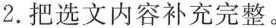
2.把选文内容补充完整。